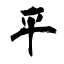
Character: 平